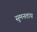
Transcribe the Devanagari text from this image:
सुमनताय